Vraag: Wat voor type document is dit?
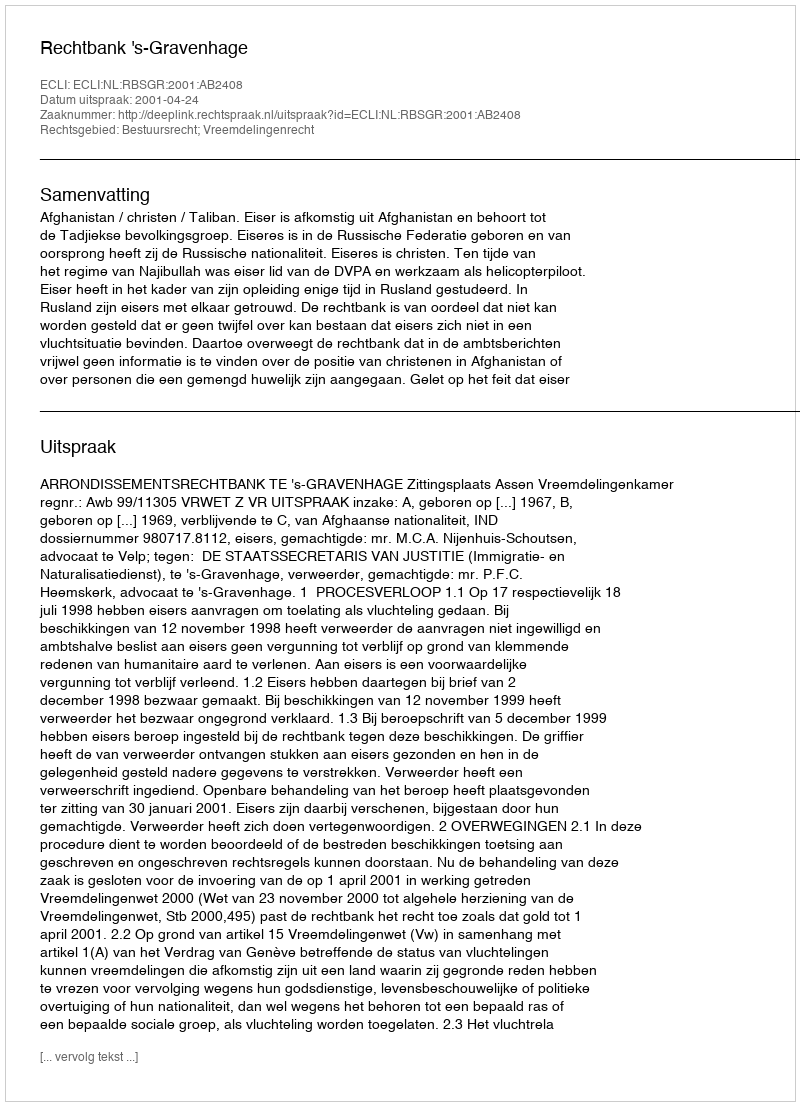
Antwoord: Uitspraak